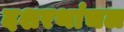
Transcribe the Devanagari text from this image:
दशरथांचल